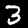
Digit: 3